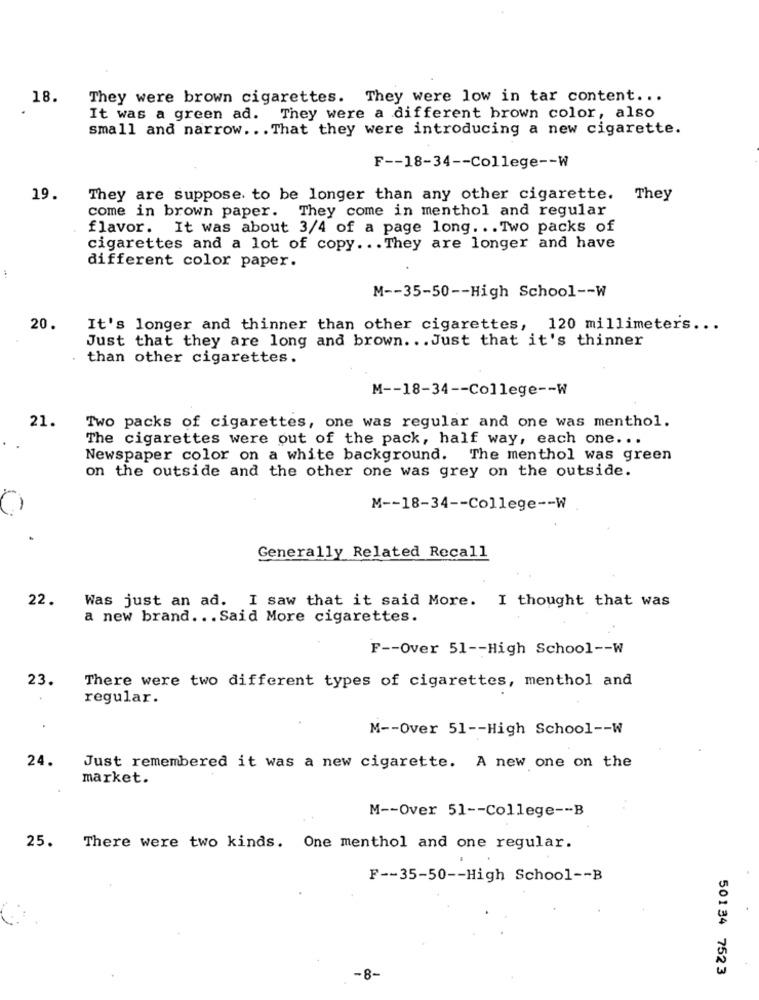
18.
They were brown cigarettes. They were low in tar content ...
It was a green ad. They were a different brown color, also
small and narrow ... That they were introducing a new cigarette.
F -- 18-34 -- College -- W
19.
They are suppose. to be longer than any other cigarette. They
come in brown paper. They come in menthol and regular
flavor. It was about 3/4 of a page long ... Two packs of
cigarettes and a lot of copy ... They are longer and have
different color paper.
M -- 35-50 -- High School -- W
20.
It's longer and thinner than other cigarettes, 120 millimeters ...
Just that they are long and brown. .. Just that it's thinner
than other cigarettes.
M -- 18-34 -- College -- W
21.
Two packs of cigarettes, one was regular and one was menthol.
The cigarettes were out of the pack, half way, each one ...
Newspaper color on a white background. The menthol was green
on the outside and the other one was grey on the outside.
M -- 18-34 -- College -- W
Generally Related Recall
22.
Was just an ad. I saw that it said More. I thought that was
a new brand ... Said More cigarettes.
F -- Over 51 -- High School -- W
23.
There were two different types of cigarettes, menthol and
regular.
M -- Over 51 -- High School -- W
24.
Just remembered it was a new cigarette. A new one on the
market.
M -- Over 51 -- College -- B
25.
There were two kinds. One menthol and one regular.
F -- 35-50 -- High School -- B
50134 7523
-8-